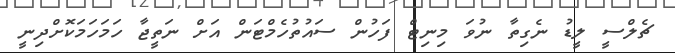
ޗެލްސީ ލީޑު ނެގިތާ ނުވަ މިނިޓް ފަހުން ސައުތުހެމްޓަން އަށް ނަތީޖާ ހަމަހަމަކޮށްދިނީ